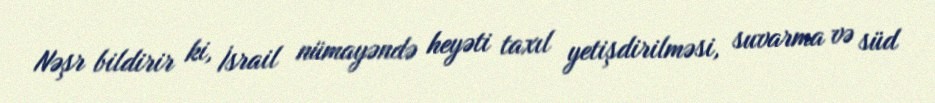
Nəşr bildirir ki, İsrail nümayəndə heyəti taxıl yetişdirilməsi, suvarma və süd